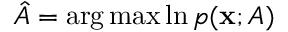
{ \hat { A } } = \arg \operatorname* { m a x } \ln p ( \mathbf { x } ; A )